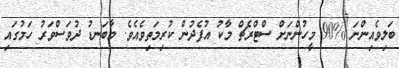
ބަލިވެއިންނަ %90 މީހުންނަށް ސްޓްރެޗް މާކު އުފެދުން ކުރިމަތިވެއެވެ. މާބަނޑު ދުވަސްވަރު ހަމުގައި